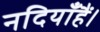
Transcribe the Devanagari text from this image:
नदियाँहैं।